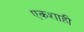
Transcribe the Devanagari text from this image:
एकशाही